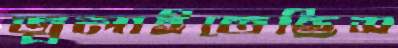
জ্বলাইতেছিস